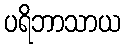
ပရိဘာသာယ